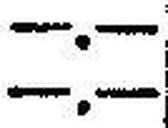
—.—